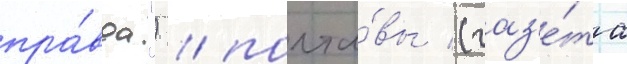
пра́вда") / полта́вы (газ'е́та